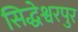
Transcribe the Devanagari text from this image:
सिद्धेश्वरपुर